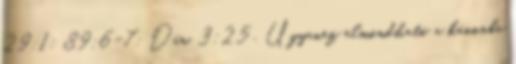
29:1; 89:6-7; Dán. 3:25 . Ugyanez elmondható a kánonba